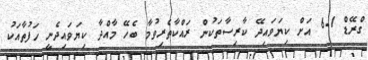
ގްރޭޑް 1-6 އަށް ކިޔަވައިދޭ ކާރިސާތަކުން ރައްކާތެރިވުމާ ބެހޭ މާއްދާ ކިޔަވައިދެނީ ހަފުތާއަކު